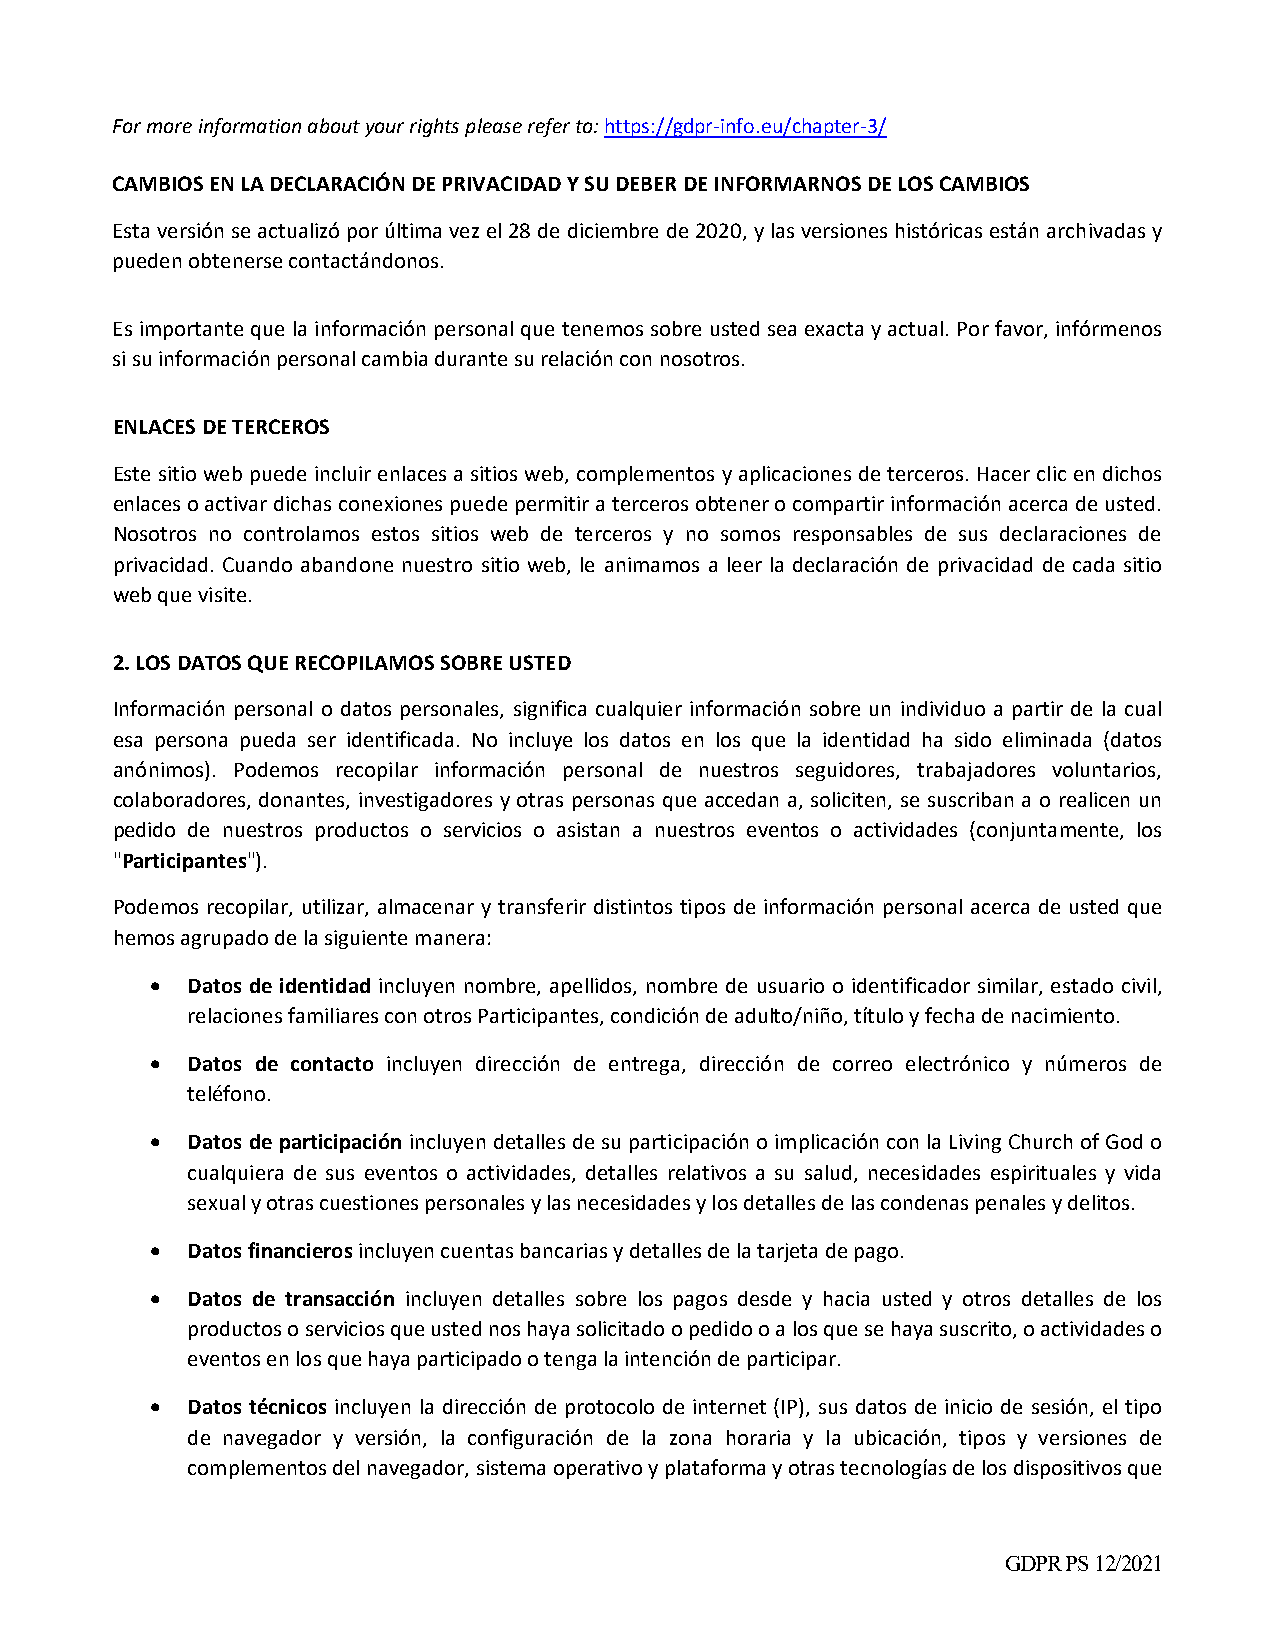
For more information about your rights please refer to: https://gdpr‐info.eu/chapter‐3/
 CAMBIOS EN LA DECLARACIÓN DE PRIVACIDAD Y SU DEBER DE INFORMARNOS DE LOS CAMBIOS
 Esta versión se actualizó por última vez el 28 de diciembre de 2020, y las versiones históricas están archivadas y
 pueden obtenerse contactándonos.
 Es importante que la información personal que tenemos sobre usted sea exacta y actual. Por favor, infórmenos
 si su información personal cambia durante su relación con nosotros.
 ENLACES DE TERCEROS
 Este sitio web puede incluir enlaces a sitios web, complementos y aplicaciones de terceros. Hacer clic en dichos
 enlaces o activar dichas conexiones puede permitir a terceros obtener o compartir información acerca de usted.
 Nosotros no controlamos estos sitios web de terceros y no somos responsables de sus declaraciones de
 privacidad. Cuando abandone nuestro sitio web, le animamos a leer la declaración de privacidad de cada sitio
 web que visite.
 2. LOS DATOS QUE RECOPILAMOS SOBRE USTED
 Información personal o datos personales, significa cualquier información sobre un individuo a partir de la cual
 esa persona pueda ser identificada. No incluye los datos en los que la identidad ha sido eliminada (datos
 anónimos). Podemos recopilar información personal de nuestros seguidores, trabajadores voluntarios,
 colaboradores, donantes, investigadores y otras personas que accedan a, soliciten, se suscriban a o realicen un
 pedido de nuestros productos o servicios o asistan a nuestros eventos o actividades (conjuntamente, los
 "Participantes").
 Podemos recopilar, utilizar, almacenar y transferir distintos tipos de información personal acerca de usted que
 hemos agrupado de la siguiente manera:
  Datos de identidad incluyen nombre, apellidos, nombre de usuario o identificador similar, estado civil,
 relaciones familiares con otros Participantes, condición de adulto/niño, título y fecha de nacimiento.
  Datos de contacto incluyen dirección de entrega, dirección de correo electrónico y números de
 teléfono.
  Datos de participación incluyen detalles de su participación o implicación con la Living Church of God o
 cualquiera de sus eventos o actividades, detalles relativos a su salud, necesidades espirituales y vida
 sexual y otras cuestiones personales y las necesidades y los detalles de las condenas penales y delitos.
  Datos financieros incluyen cuentas bancarias y detalles de la tarjeta de pago.
  Datos de transacción incluyen detalles sobre los pagos desde y hacia usted y otros detalles de los
 productos o servicios que usted nos haya solicitado o pedido o a los que se haya suscrito, o actividades o
 eventos en los que haya participado o tenga la intención de participar.
  Datos técnicos incluyen la dirección de protocolo de internet (IP), sus datos de inicio de sesión, el tipo
 de navegador y versión, la configuración de la zona horaria y la ubicación, tipos y versiones de
 complementos del navegador, sistema operativo y plataforma y otras tecnologías de los dispositivos que
 GDPR PS 12/2021